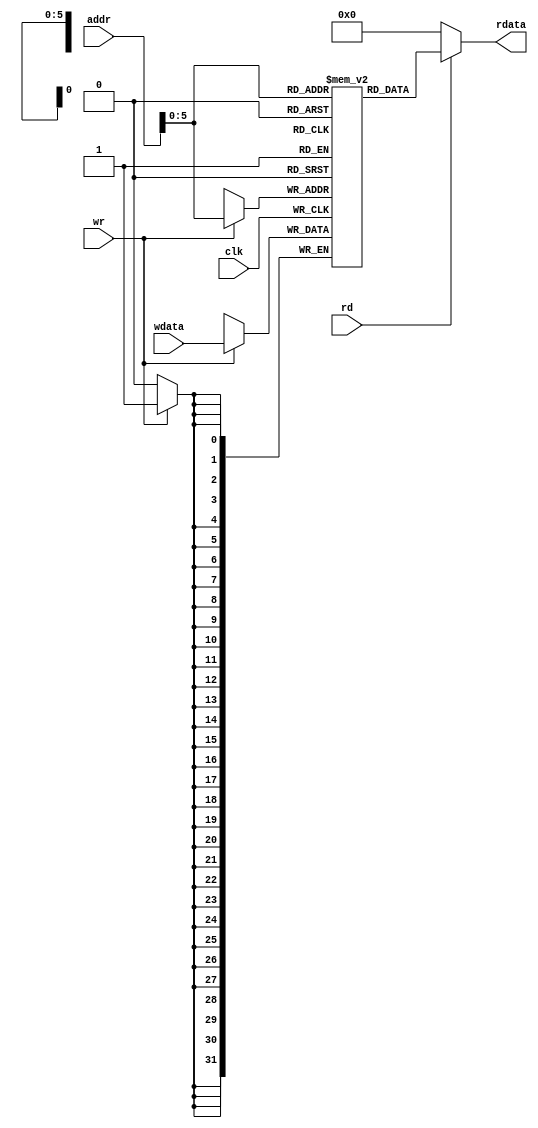
`timescale 1ns / 1ps
// by ccpizzadaisuki, modified 141103
// partly copied from github.com/jmahler/mips-cpu/
// Data Memory(single cycle).

/*
 * Data Memory.
 *
 * 32-bit data with a 64 entries.
 *
 * The read and write operations operate somewhat independently.
 *
 * Any time the read signal (rd) is high the data stored at the
 * given address (addr) will be placed on 'rdata'.
 *
 * Any time the write signal (wr) is high the data on 'wdata' will
 * be stored at the given address (addr).
 */

`ifndef _dm
`define _dm

module dm(rdata,clk,addr,rd,wr,wdata);
		output wire	[31:0]	rdata;
		input wire			clk;
		input wire	[31:0]	addr;
		input wire			rd, wr;
		input wire 	[31:0]	wdata;

	reg [31:0] mem [0:63];  // 32-bit memory with 64 entries

	always @(posedge clk) begin
		if (wr==1) mem[addr]=wdata;
	end
	assign rdata = rd ? mem[addr][31:0]:32'b0;

endmodule

`endif